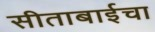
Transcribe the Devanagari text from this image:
सीताबाईचा